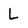
Character: L